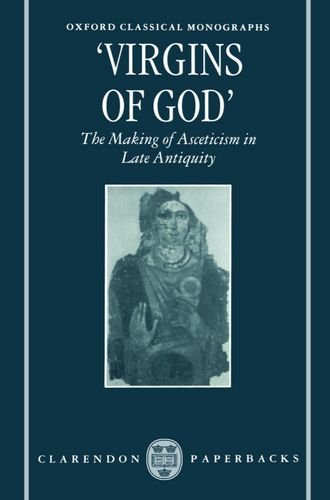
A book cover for "Virgins of God": The Making of Asceticism in Late Antiquity (Oxford Classical Monographs); Susanna Elm; Christian Books & Bibles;